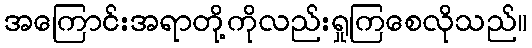
အကြောင်းအရာတို့ကိုလည်းရှုကြစေလိုသည်။